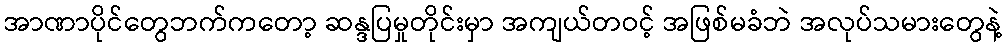
အာဏာပိုင်တွေဘက်ကတော့ ဆန္ဒပြမှုတိုင်းမှာ အကျယ်တဝင့် အဖြစ်မခံဘဲ အလုပ်သမားတွေနဲ့